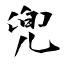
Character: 兜